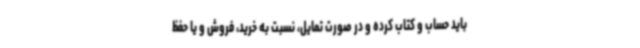
باید حساب و کتاب کرده و در صورت تمایل، نسبت به خرید، فروش و یا حفظ